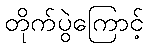
တိုက်ပွဲကြောင့်